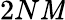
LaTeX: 2N\mathit{M}